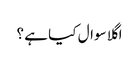
اگلا سوال کیا ہے ؟